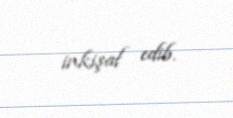
inkişaf edib.